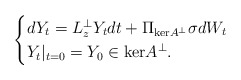
\begin{align*}\begin{cases}dY_t = L_{z}^\perp Y_t dt + \Pi_{\mathrm{ker}A^\perp}\sigma dW_t \\ Y_t|_{t=0} = Y_0 \in \mathrm{ker}A^\perp.\end{cases}\end{align*}